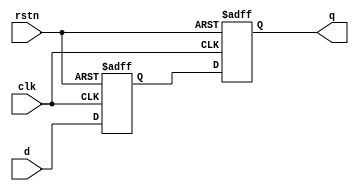
module macro_ndff (
    clk,
    rstn,
    d,
    q
);
  input clk, rstn, d;
  output q;
  reg dff1, dff2;
  always @(posedge clk or negedge rstn) begin
    if (~rstn) {dff2, dff1} <= 2'b0;
    else {dff2, dff1} <= {dff1, d};
  end
  assign q = dff2;
endmodule